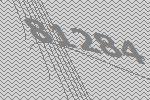
81284